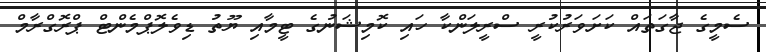
ސެމީގެ ޖާގަތައް ކަށަވަރުކުރީ ސްރީލަންކާ ހައި ކޮމިޝަނުގެ ޓީމާއި ޔޫތު ޑިވެލޮޕްމެންޓް ޕްރޮގްރާމް